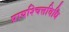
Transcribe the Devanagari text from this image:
प्रायश्चित्तविधि